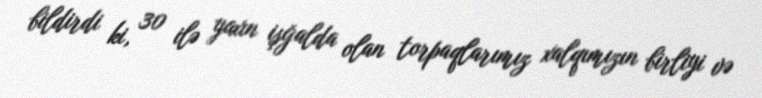
bildirdi ki, 30 ilə yaxın işğalda olan torpaqlarımız xalqımızın birliyi və